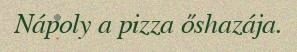
Nápoly a pizza őshazája.